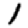
Digit: 1